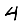
Digit: 4